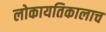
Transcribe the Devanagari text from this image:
लोकायतिकालाच